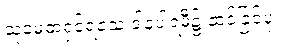
သုမေဓာရှင်ရသေ့ ဒါနပါရမီ၌ ဆင်ခြင်ပုံ။